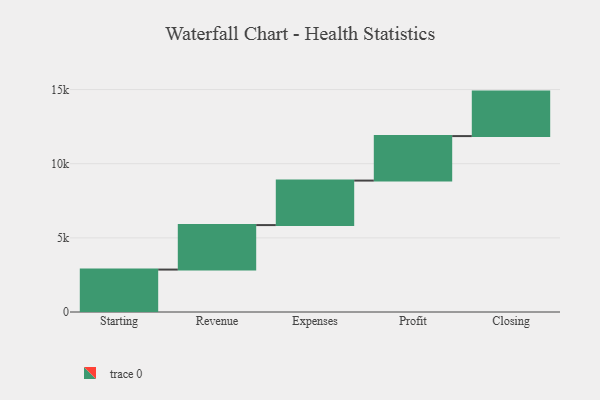
{"axis": {"x": "Step", "y": "Value"}, "legend": [""], "data": [{"x": "Starting", "y": 2861.0, "type": ""}, {"x": "Revenue", "y": 3000, "type": ""}, {"x": "Expenses", "y": 3000, "type": ""}, {"x": "Profit", "y": 3000, "type": ""}, {"x": "Closing", "y": 3000, "type": ""}]}